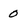
Character: 0